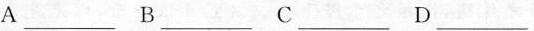
A___ B___ C___ D___